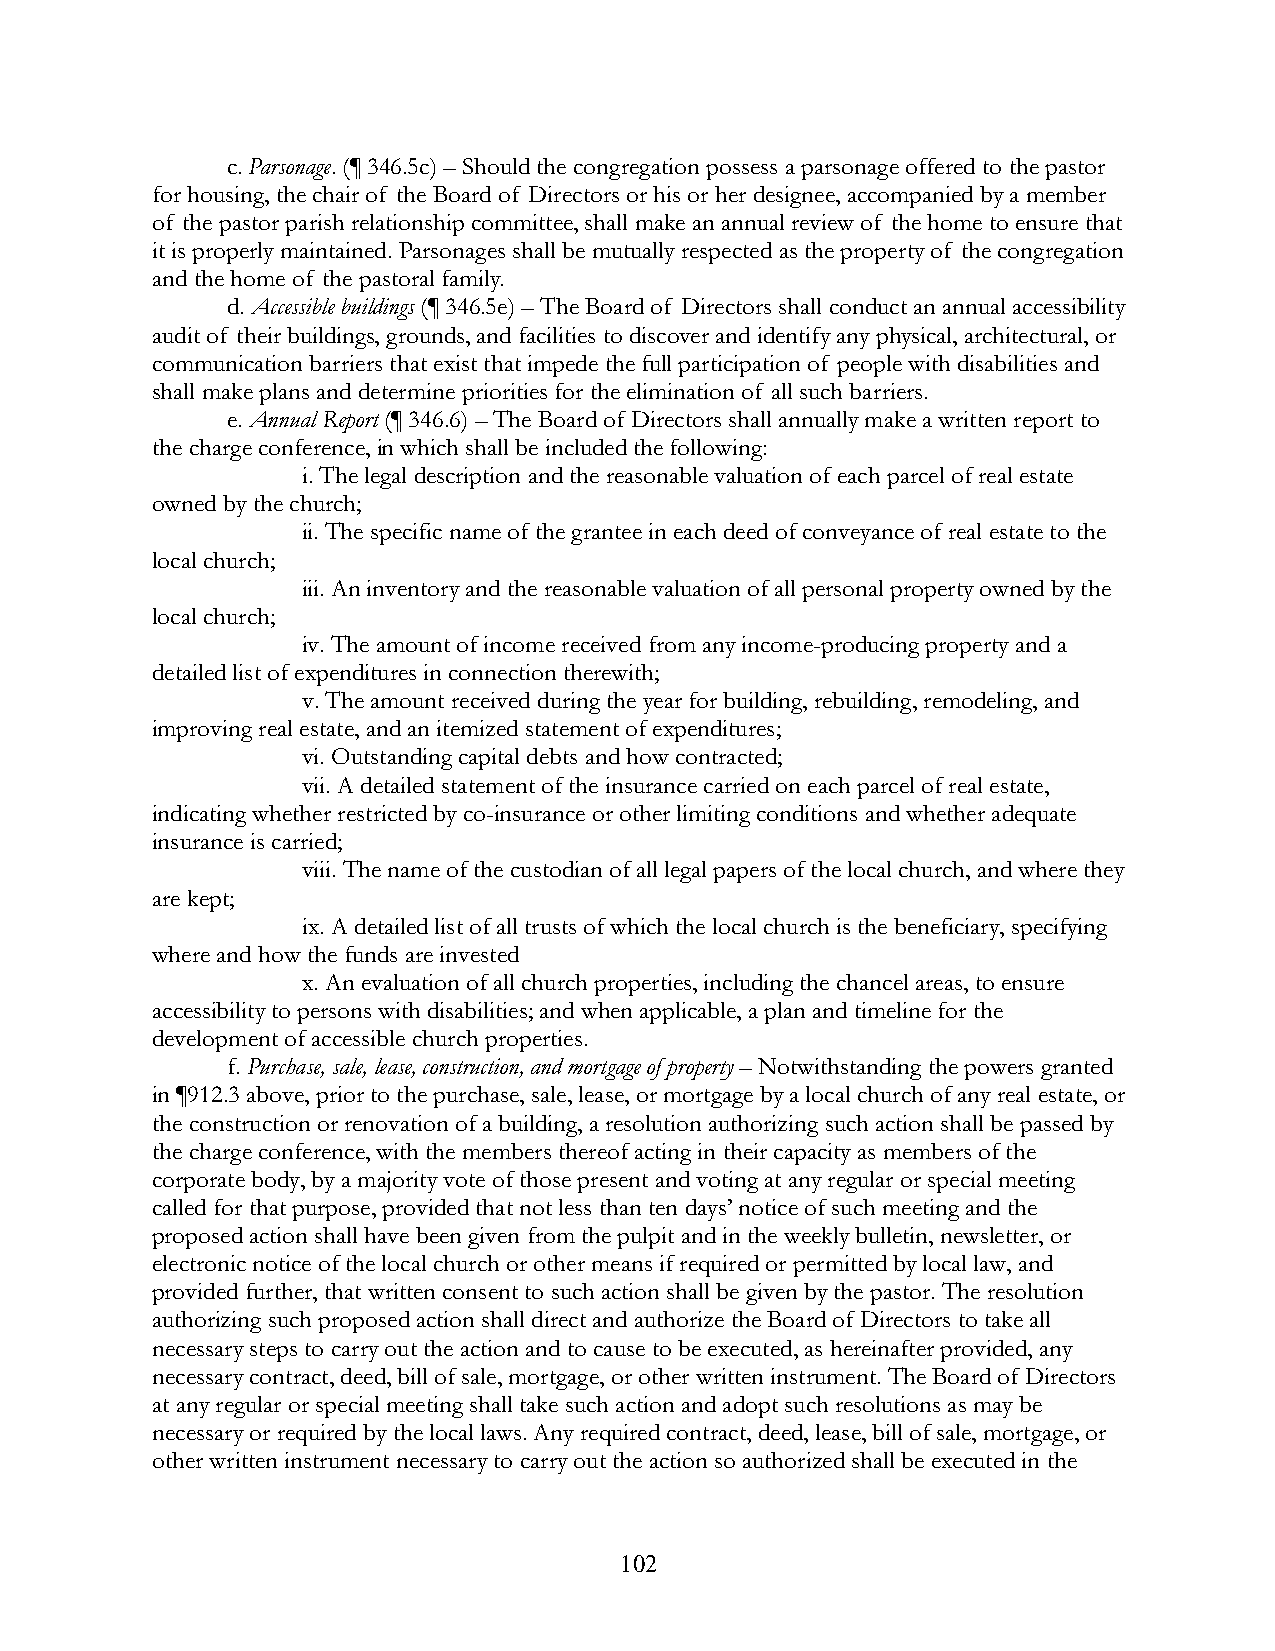
c. Parsonage. (¶ 346.5c) – Should the congregation possess a parsonage offered to the pastor
 for housing, the chair of the Board of Directors or his or her designee, accompanied by a member
 of the pastor parish relationship committee, shall make an annual review of the home to ensure that
 it is properly maintained. Parsonages shall be mutually respected as the property of the congregation
 and the home of the pastoral family.
 d. Accessible buildings (¶ 346.5e) – The Board of Directors shall conduct an annual accessibility
 audit of their buildings, grounds, and facilities to discover and identify any physical, architectural, or
 communication barriers that exist that impede the full participation of people with disabilities and
 shall make plans and determine priorities for the elimination of all such barriers.
 e. Annual Report (¶ 346.6) – The Board of Directors shall annually make a written report to
 the charge conference, in which shall be included the following:
 i. The legal description and the reasonable valuation of each parcel of real estate
 owned by the church;
 ii. The specific name of the grantee in each deed of conveyance of real estate to the
 local church;
 iii. An inventory and the reasonable valuation of all personal property owned by the
 local church;
 iv. The amount of income received from any income-producing property and a
 detailed list of expenditures in connection therewith;
 v. The amount received during the year for building, rebuilding, remodeling, and
 improving real estate, and an itemized statement of expenditures;
 vi. Outstanding capital debts and how contracted;
 vii. A detailed statement of the insurance carried on each parcel of real estate,
 indicating whether restricted by co-insurance or other limiting conditions and whether adequate
 insurance is carried;
 viii. The name of the custodian of all legal papers of the local church, and where they
 are kept;
 ix. A detailed list of all trusts of which the local church is the beneficiary, specifying
 where and how the funds are invested
 x. An evaluation of all church properties, including the chancel areas, to ensure
 accessibility to persons with disabilities; and when applicable, a plan and timeline for the
 development of accessible church properties.
 f. Purchase, sale, lease, construction, and mortgage of property – Notwithstanding the powers granted
 in ¶912.3 above, prior to the purchase, sale, lease, or mortgage by a local church of any real estate, or
 the construction or renovation of a building, a resolution authorizing such action shall be passed by
 the charge conference, with the members thereof acting in their capacity as members of the
 corporate body, by a majority vote of those present and voting at any regular or special meeting
 called for that purpose, provided that not less than ten days’ notice of such meeting and the
 proposed action shall have been given from the pulpit and in the weekly bulletin, newsletter, or
 electronic notice of the local church or other means if required or permitted by local law, and
 provided further, that written consent to such action shall be given by the pastor. The resolution
 authorizing such proposed action shall direct and authorize the Board of Directors to take all
 necessary steps to carry out the action and to cause to be executed, as hereinafter provided, any
 necessary contract, deed, bill of sale, mortgage, or other written instrument. The Board of Directors
 at any regular or special meeting shall take such action and adopt such resolutions as may be
 necessary or required by the local laws. Any required contract, deed, lease, bill of sale, mortgage, or
 other written instrument necessary to carry out the action so authorized shall be executed in the
 102